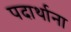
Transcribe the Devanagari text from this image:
पदार्थाना